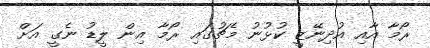
ރޯމާ އާއި އުދިނޭޒީ ކުޅުނު މެޗުގައި ރޯމާ އިން ލީޑު ނެގީ އަށް